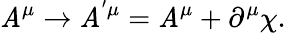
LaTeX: \mathit{A}^{\mu}\rightarrow\mathit{A}^{^{\prime}\mu}=\mathit{A}^{\mu}+\partial^{\mu}\chi.